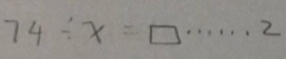
7 4 \div x = \square \cdots 2